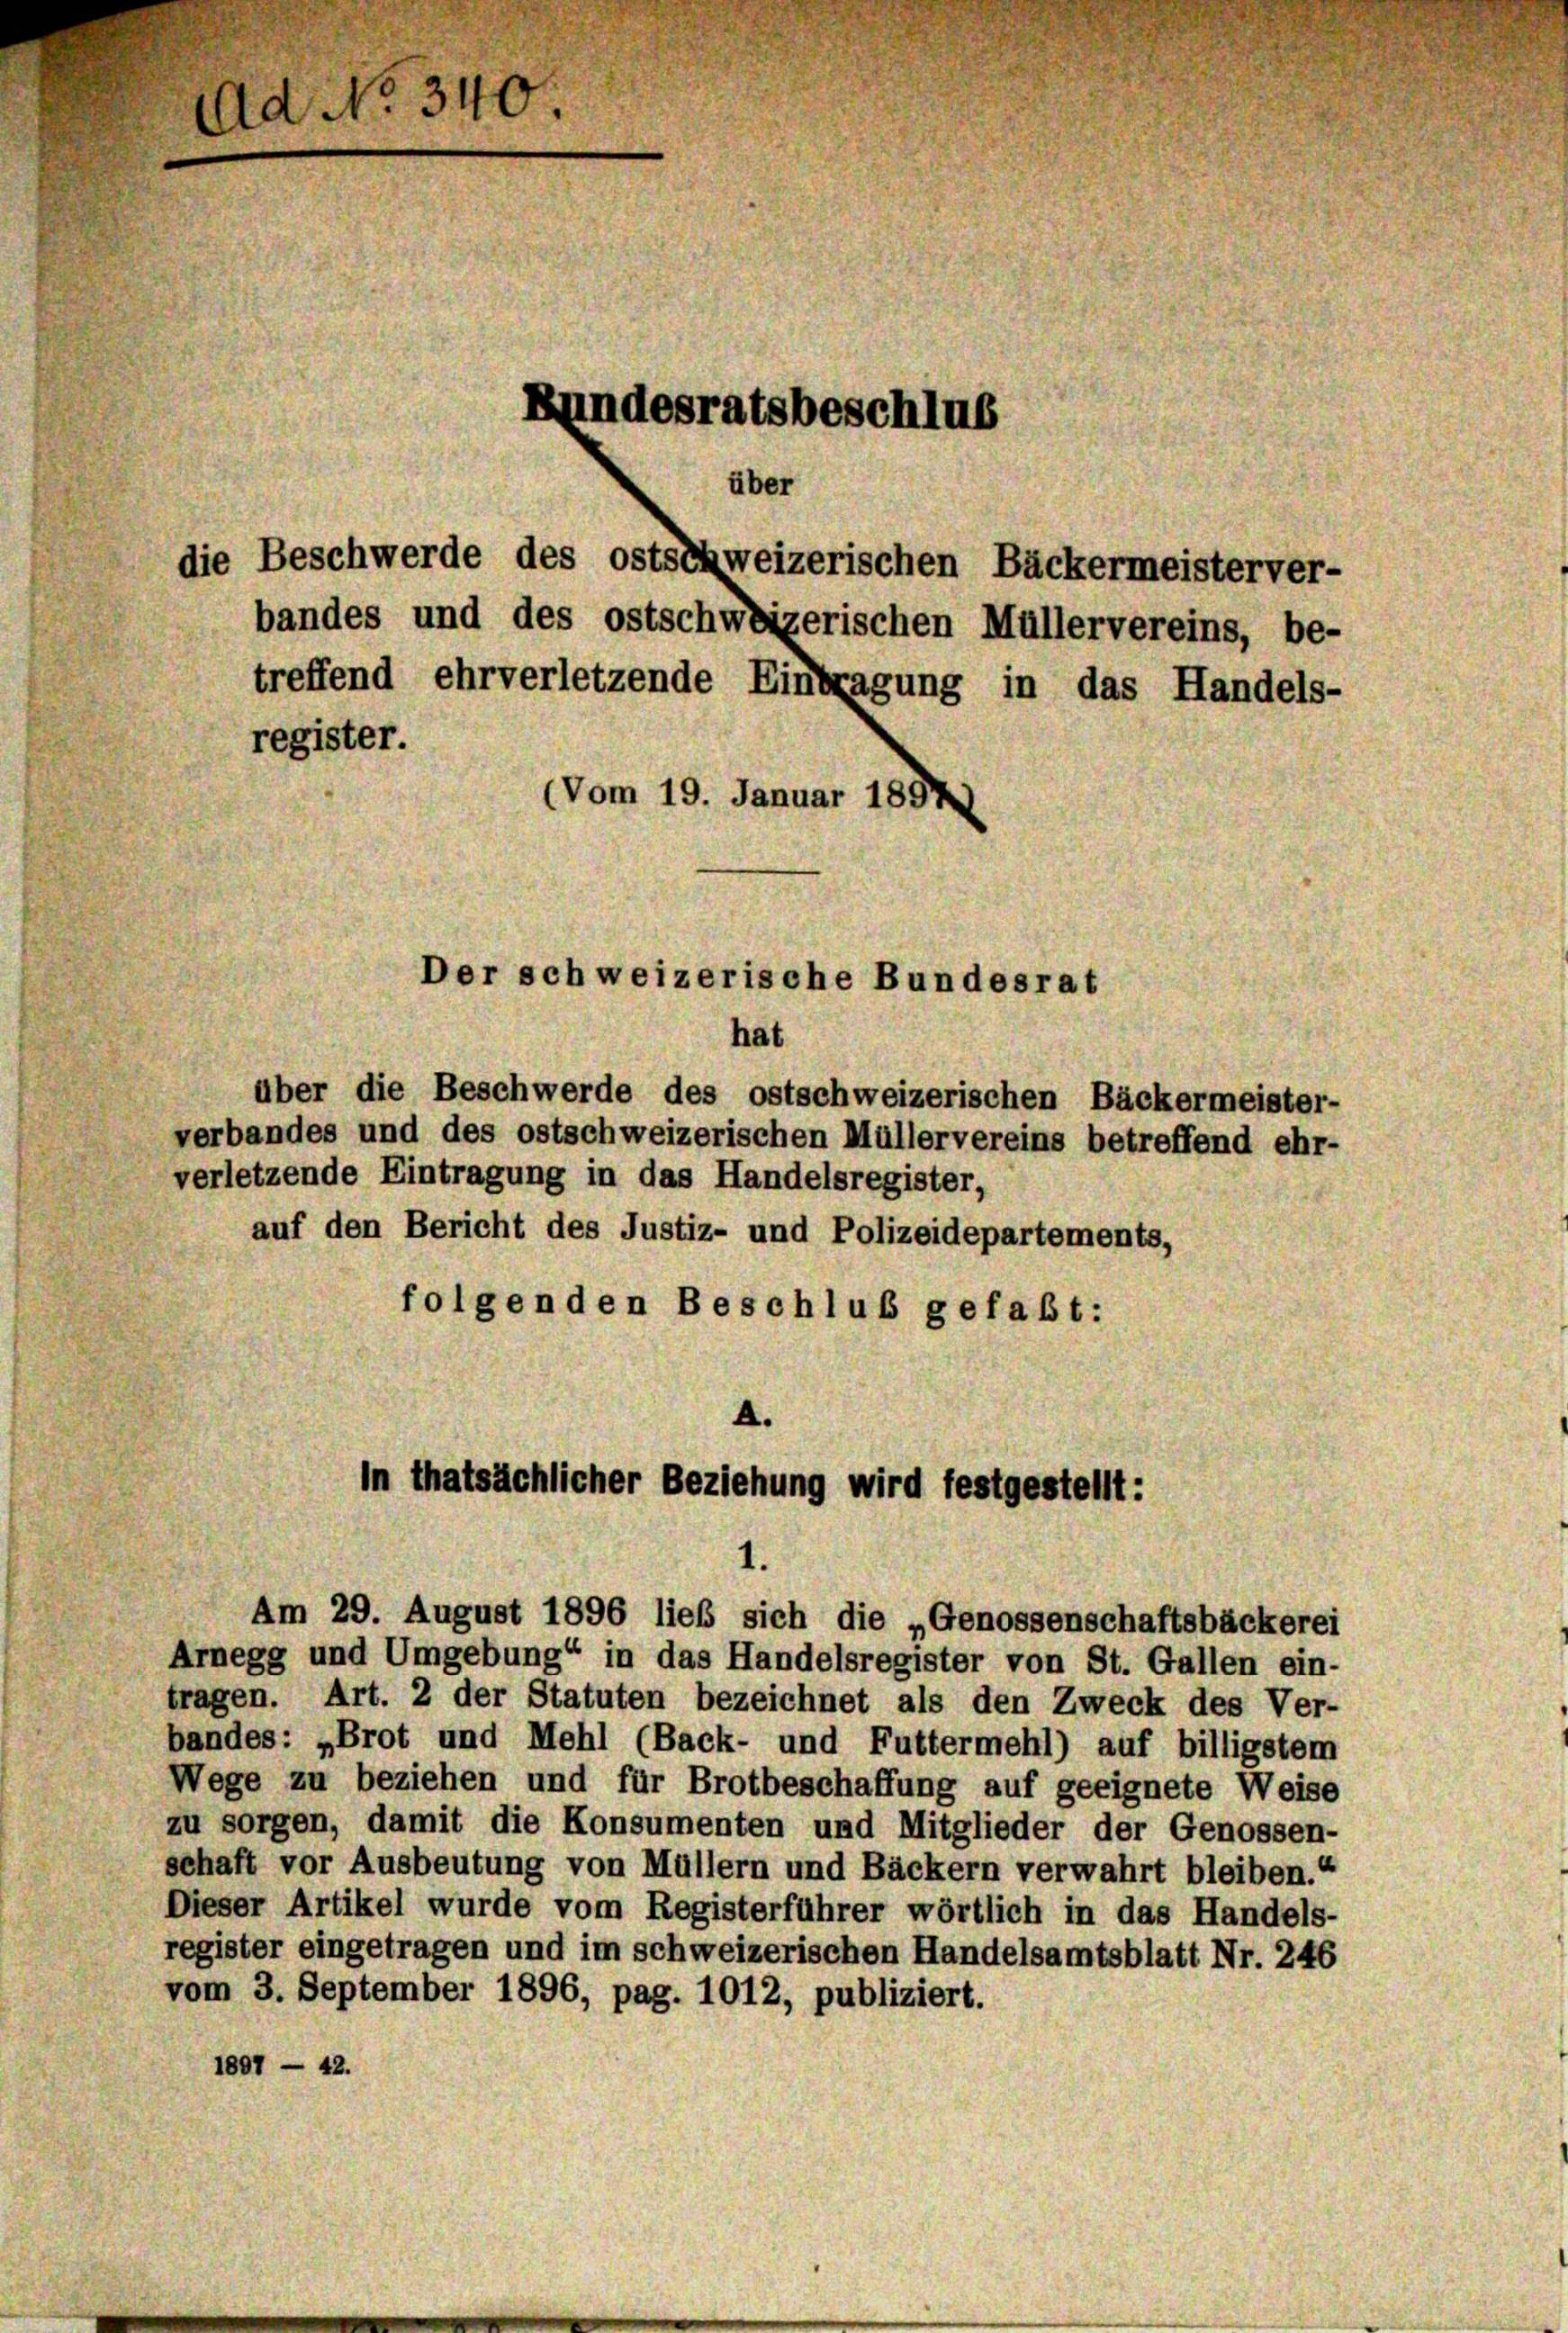
Ad No. 340
Bundesratsbeschlus
über
die Beschwerde des ostschweizerischen Bäckermeisterver-
bandes und des ostschweizerischen Müllervereins, be-
treffend ehrverletzende Eintragung in das Handels-
register.
(Vom 19. Januar 1857)
Der schweizerische Bundesrat
hat
über die Beschwerde des ostschweizerischen Bäckermeister-

verbandes und des ostschweizerischen Müllervereins betreffend ehr-
verletzende Eintragung in das Handelsregister,
auf den Bericht des Justiz- und Polizeidepartements,
folgenden Beschluß gefaßt:

A.
in thatsächlicher Beziehung wird festgestellt:

Am 29. August 1896 ließ sich die „Genossenschaftsbäckerei
Arnegg und Umgebung“ in das Handelsregister von St. Gallen ein-
tragen. Art. 2 der Statuten bezeichnet als den Zweck des Ver-
bandes: „Brot und Mehl (Back- und Futtermehl) auf billigstem
Wege zu beziehen und für Brotbeschaffung auf geeignete Weise
zu sorgen, damit die Konsumenten und Mitglieder der Genossen-
schaft vor Ausbeutung von Müllern und Bäckern verwahrt bleiben.“
Dieser Artikel wurde vom Registerführer wörtlich in das Handels-
register eingetragen und im schweizerischen Handelsamtsblatt Nr. 246
vom 3. September 1896, pag. 1012, publiziert.
1807 — 42.